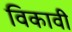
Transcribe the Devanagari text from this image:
विकावी